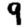
Digit: 9